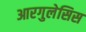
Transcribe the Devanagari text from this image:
आरगुलेसिस